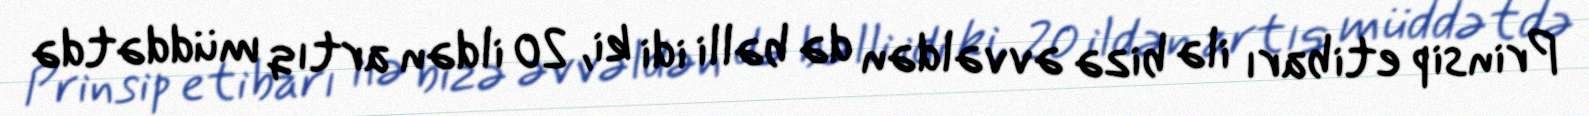
Prinsip etibarı ilə bizə əvvəldən də bəlli idi ki, 20 ildən artıq müddətdə